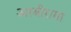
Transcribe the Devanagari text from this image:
आबीरामा